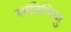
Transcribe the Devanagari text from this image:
शांतिभिक्षु